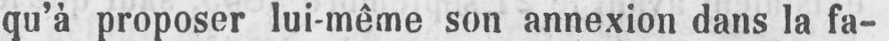
qu’à proposer lui-même son annexion dans la fa-